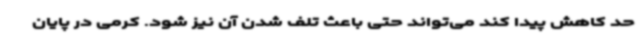
حد کاهش پیدا کند می‌تواند حتی باعث تلف شدن آن نیز شود. کرمی در پایان